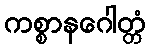
ကစ္စာနဂေါတ္တံ